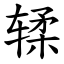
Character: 𫐓